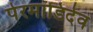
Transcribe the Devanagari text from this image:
पेरमाडिदेव